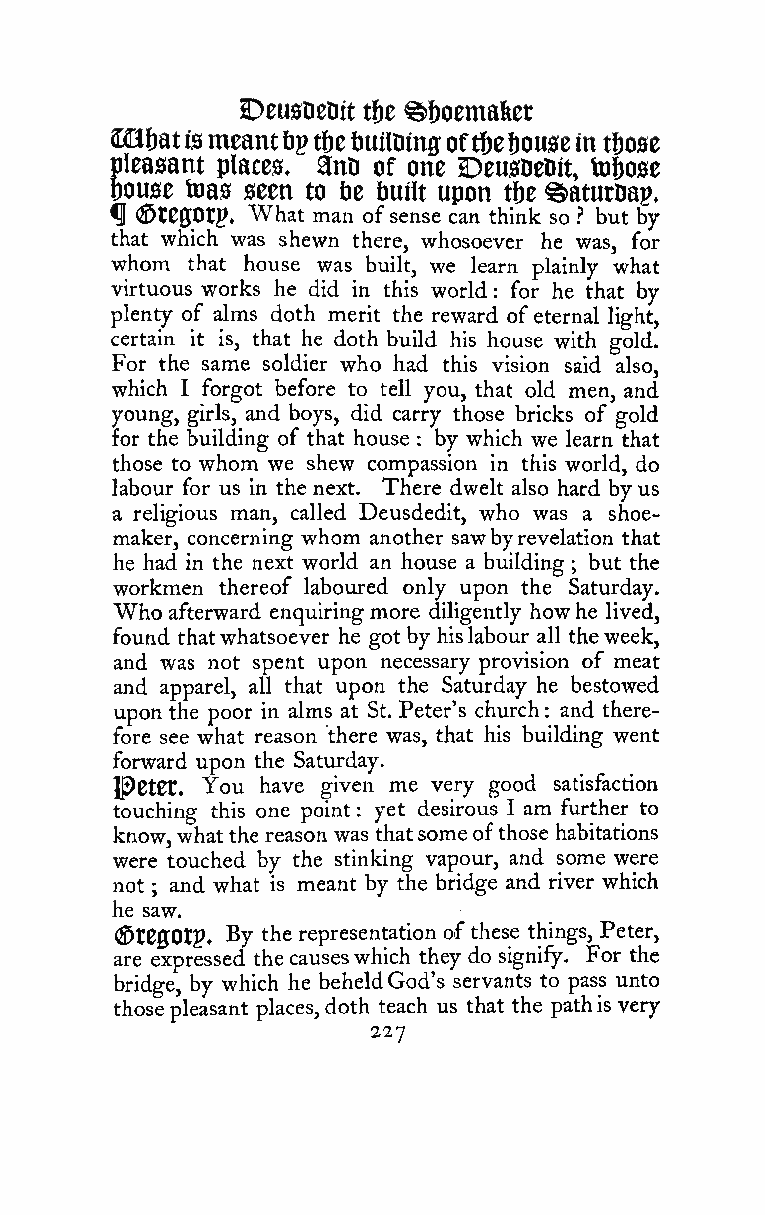
DcusDcDit tbe ^ftoemaliet
 mhat ismeant tjpt&ebuilDing oftfje!)0uscin tfjose
 pleasant places. 9nD of one 2:)eusDeDit, to6ose
 bouse toas seen to tie built upon tbe ^atutDap.
 ^ (StegOtp. What man ofsense can think so ? but by
 that which was shewn there, whosoever he was, for
 whom that house was built, we learn plainly what
 virtuous works he did in this world for he that by
 :
 plenty of alms doth merit the reward ofeternal light,
 certain it is, that he doth build his house with gold.
 For the same soldier who had this vision said also,
 which I forgot before to tell you, that old men, and
 young, girls, and boys, did carry those bricks of gold
 for the building of that house by which we learn that
 :
 those to whom we shew compassion in this world, do
 labour for us in the next. There dwelt also hard by us
 a religious man, called Deusdedit, who was a shoe-
 maker, concerning whom another sawbyrevelation that
 he had in the next world an house a building but the
 ;
 workmen thereof laboured only upon the Saturday.
 "Who afterward enquiring more diligently howhe lived,
 found thatwhatsoever he got by hislabour all theweek,
 and was not spent upon necessary provision of meat
 and apparel, all that upon the Saturday he bestowed
 upon the poor in alms at St. Peter's church : and there-
 fore see what reason there was, that his building went
 forward upon the Saturday.
 l^etet. You have given me very good satisfaction
 touching this one point : yet desirous I am further to
 know,whatthe reason was thatsomeofthose habitations
 were touched by the stinking vapour, and some were
 not ; and what is meant by the bridge and river which
 he saw.
 ©tegOtp. By the representation ofthese things, Peter,
 are expressed thecauseswhich they do signify. For the
 bridge, by which he beheldGod's servants to pass unto
 thosepleasant places, doth teach us that the pathis very
 227